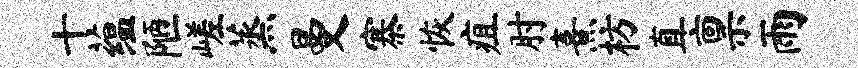
十蕴陋嵯蒸曼寨恢疽肘熹枋直禀雨